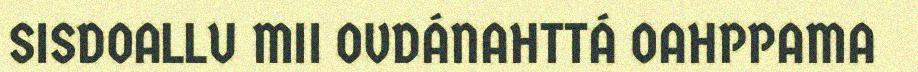
SISDOALLU MII OVDÁNAHTTÁ OAHPPAMA